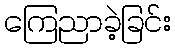
ကြေညာခဲ့ခြင်း